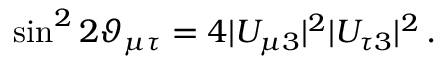
\sin ^ { 2 } 2 \vartheta _ { \mu \tau } = 4 | U _ { \mu 3 } | ^ { 2 } | U _ { \tau 3 } | ^ { 2 } \, .